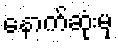
နောက်ဆုံးမှ